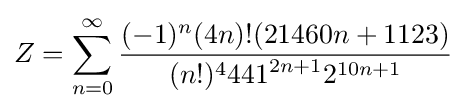
Z=\sum _{n=0}^{\infty }{\frac {(-1)^{n}(4n)!(21460n+1123)}{(n!)^{4}{441}^{2n+1}{2}^{10n+1}}}